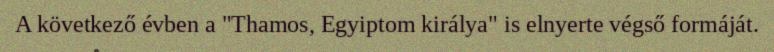
A következő évben a "Thamos, Egyiptom királya" is elnyerte végső formáját.